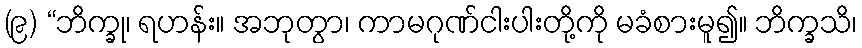
(၉) “ဘိက္ခု၊ ရဟန်း။ အဘုတွာ၊ ကာမဂုဏ်ငါးပါးတို့ကို မခံစားမူ၍။ ဘိက္ခသိ၊